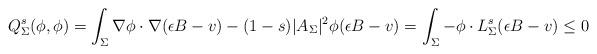
LaTeX: \begin{align*} Q_{\Sigma}^s(\phi, \phi) = \int_{\Sigma} \nabla \phi \cdot \nabla(\epsilon B - v) - (1-s)|A_{\Sigma}|^2 \phi (\epsilon B - v) = \int_{\Sigma} -\phi \cdot L^s_{\Sigma} (\epsilon B - v) \leq 0 \end{align*}